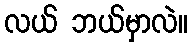
လယ် ဘယ်မှာလဲ။